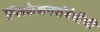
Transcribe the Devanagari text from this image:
ॲप्लिकेशनसंबंधीची